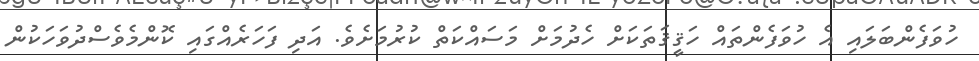
ހުވަފެންބަލައި އެ ހުވަފެންތައް ހަޤީޤަތަކަށް ހެދުމަށް މަސައްކަތް ކުރުމަށެވެ. އަދި ފަހަރެއްގައި ކޮންމެވެސްދުވަހަކުން